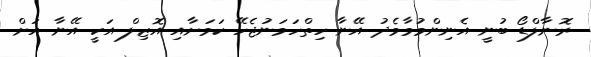
ރޮނާލްޑޯ ބުނީ އެނިންމުމާމެދު އޭނާ ހިތްހަމަނުޖެހޭ ކަމަށާއި އޮޒިލް އަކީ އޭނާ އަށް